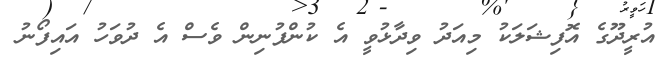
އުރީދޫގެ އޮފިޝަލަކު މިއަދު ވިދާޅުވީ އެ ކުންފުނިން ވެސް އެ ދުވަހު އައިފޯނު